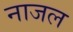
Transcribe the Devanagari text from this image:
नाजल